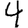
Digit: 4